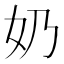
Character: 奶